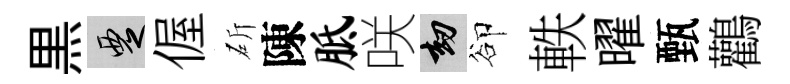
黒覂偓斫陳胝咲劫卻軼曜甄鸛